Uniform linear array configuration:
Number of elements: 24
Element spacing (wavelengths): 0.5
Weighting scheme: kaiser
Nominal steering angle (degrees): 30
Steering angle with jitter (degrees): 28.468
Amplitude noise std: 0.05
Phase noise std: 0.05

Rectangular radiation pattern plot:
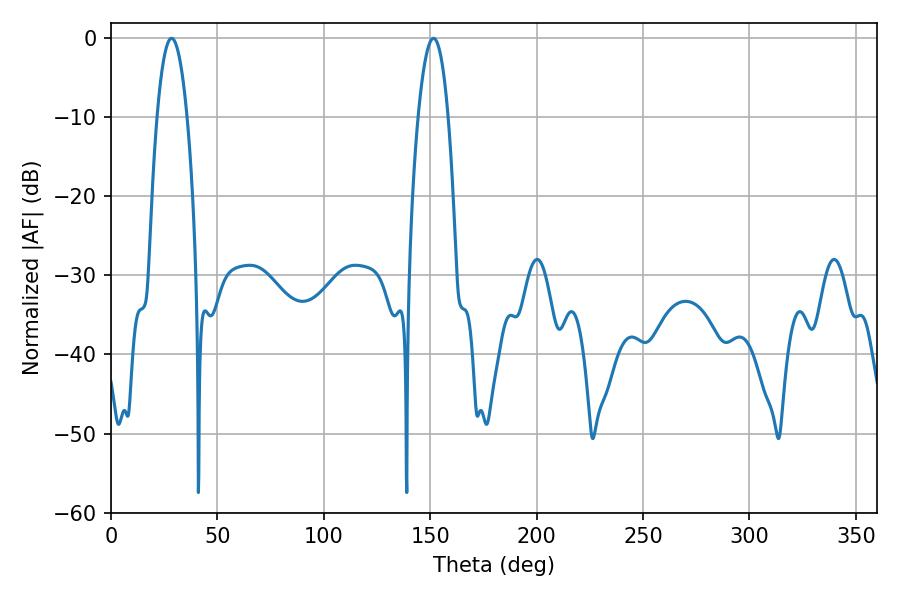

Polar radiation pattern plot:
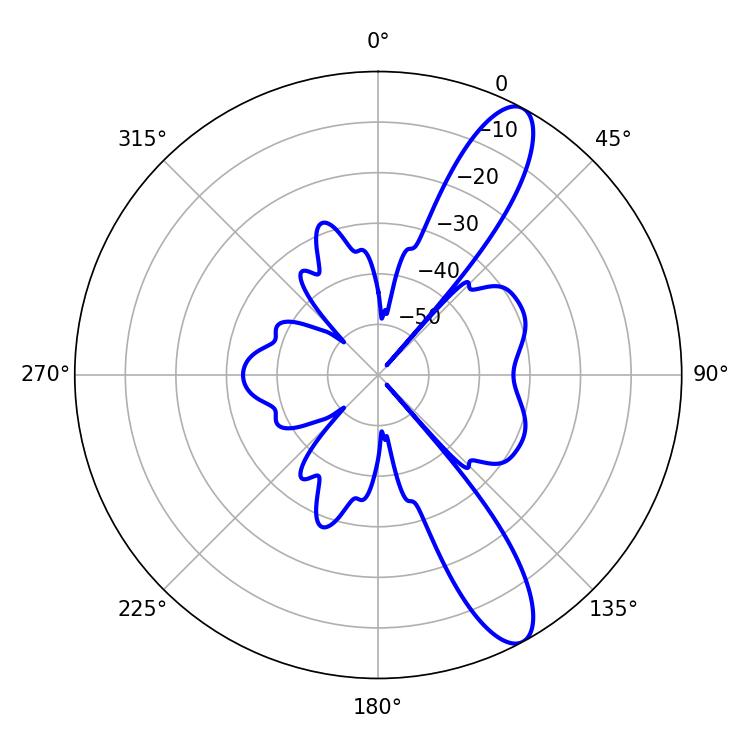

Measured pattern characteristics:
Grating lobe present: FALSE
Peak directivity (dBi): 11.538
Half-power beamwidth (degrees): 7.74
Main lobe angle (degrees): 28.44